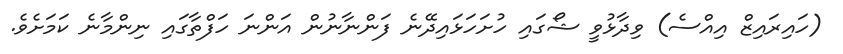
(ހައިރައިޒް އިއްސެ) ވިދާޅުވީ ޝޯގައި ހުށަހަޅައިދޭނެ ފަންނާނުން އަންނަ ހަފްތާގައި ނިންމާނެ ކަމަށެވެ.